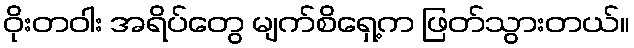
ဝိုးတဝါး အရိပ်တွေ မျက်စိရှေ့က ဖြတ်သွားတယ်။